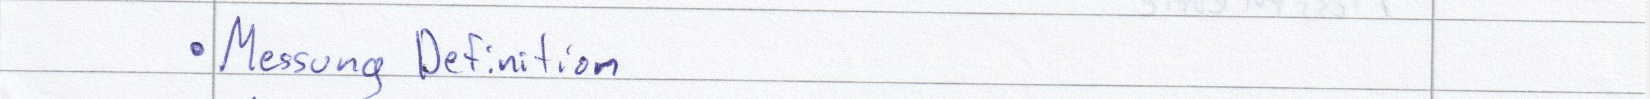
Messung Definition